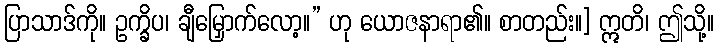
ပြာသာဒ်ကို။ ဥက္ခိပ၊ ချီမြှောက်လော့။” ဟု ယောဇနာရာ၏။ စာတည်း။] ဣတိ၊ ဤသို့။